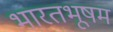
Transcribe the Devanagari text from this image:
भारतभूषम